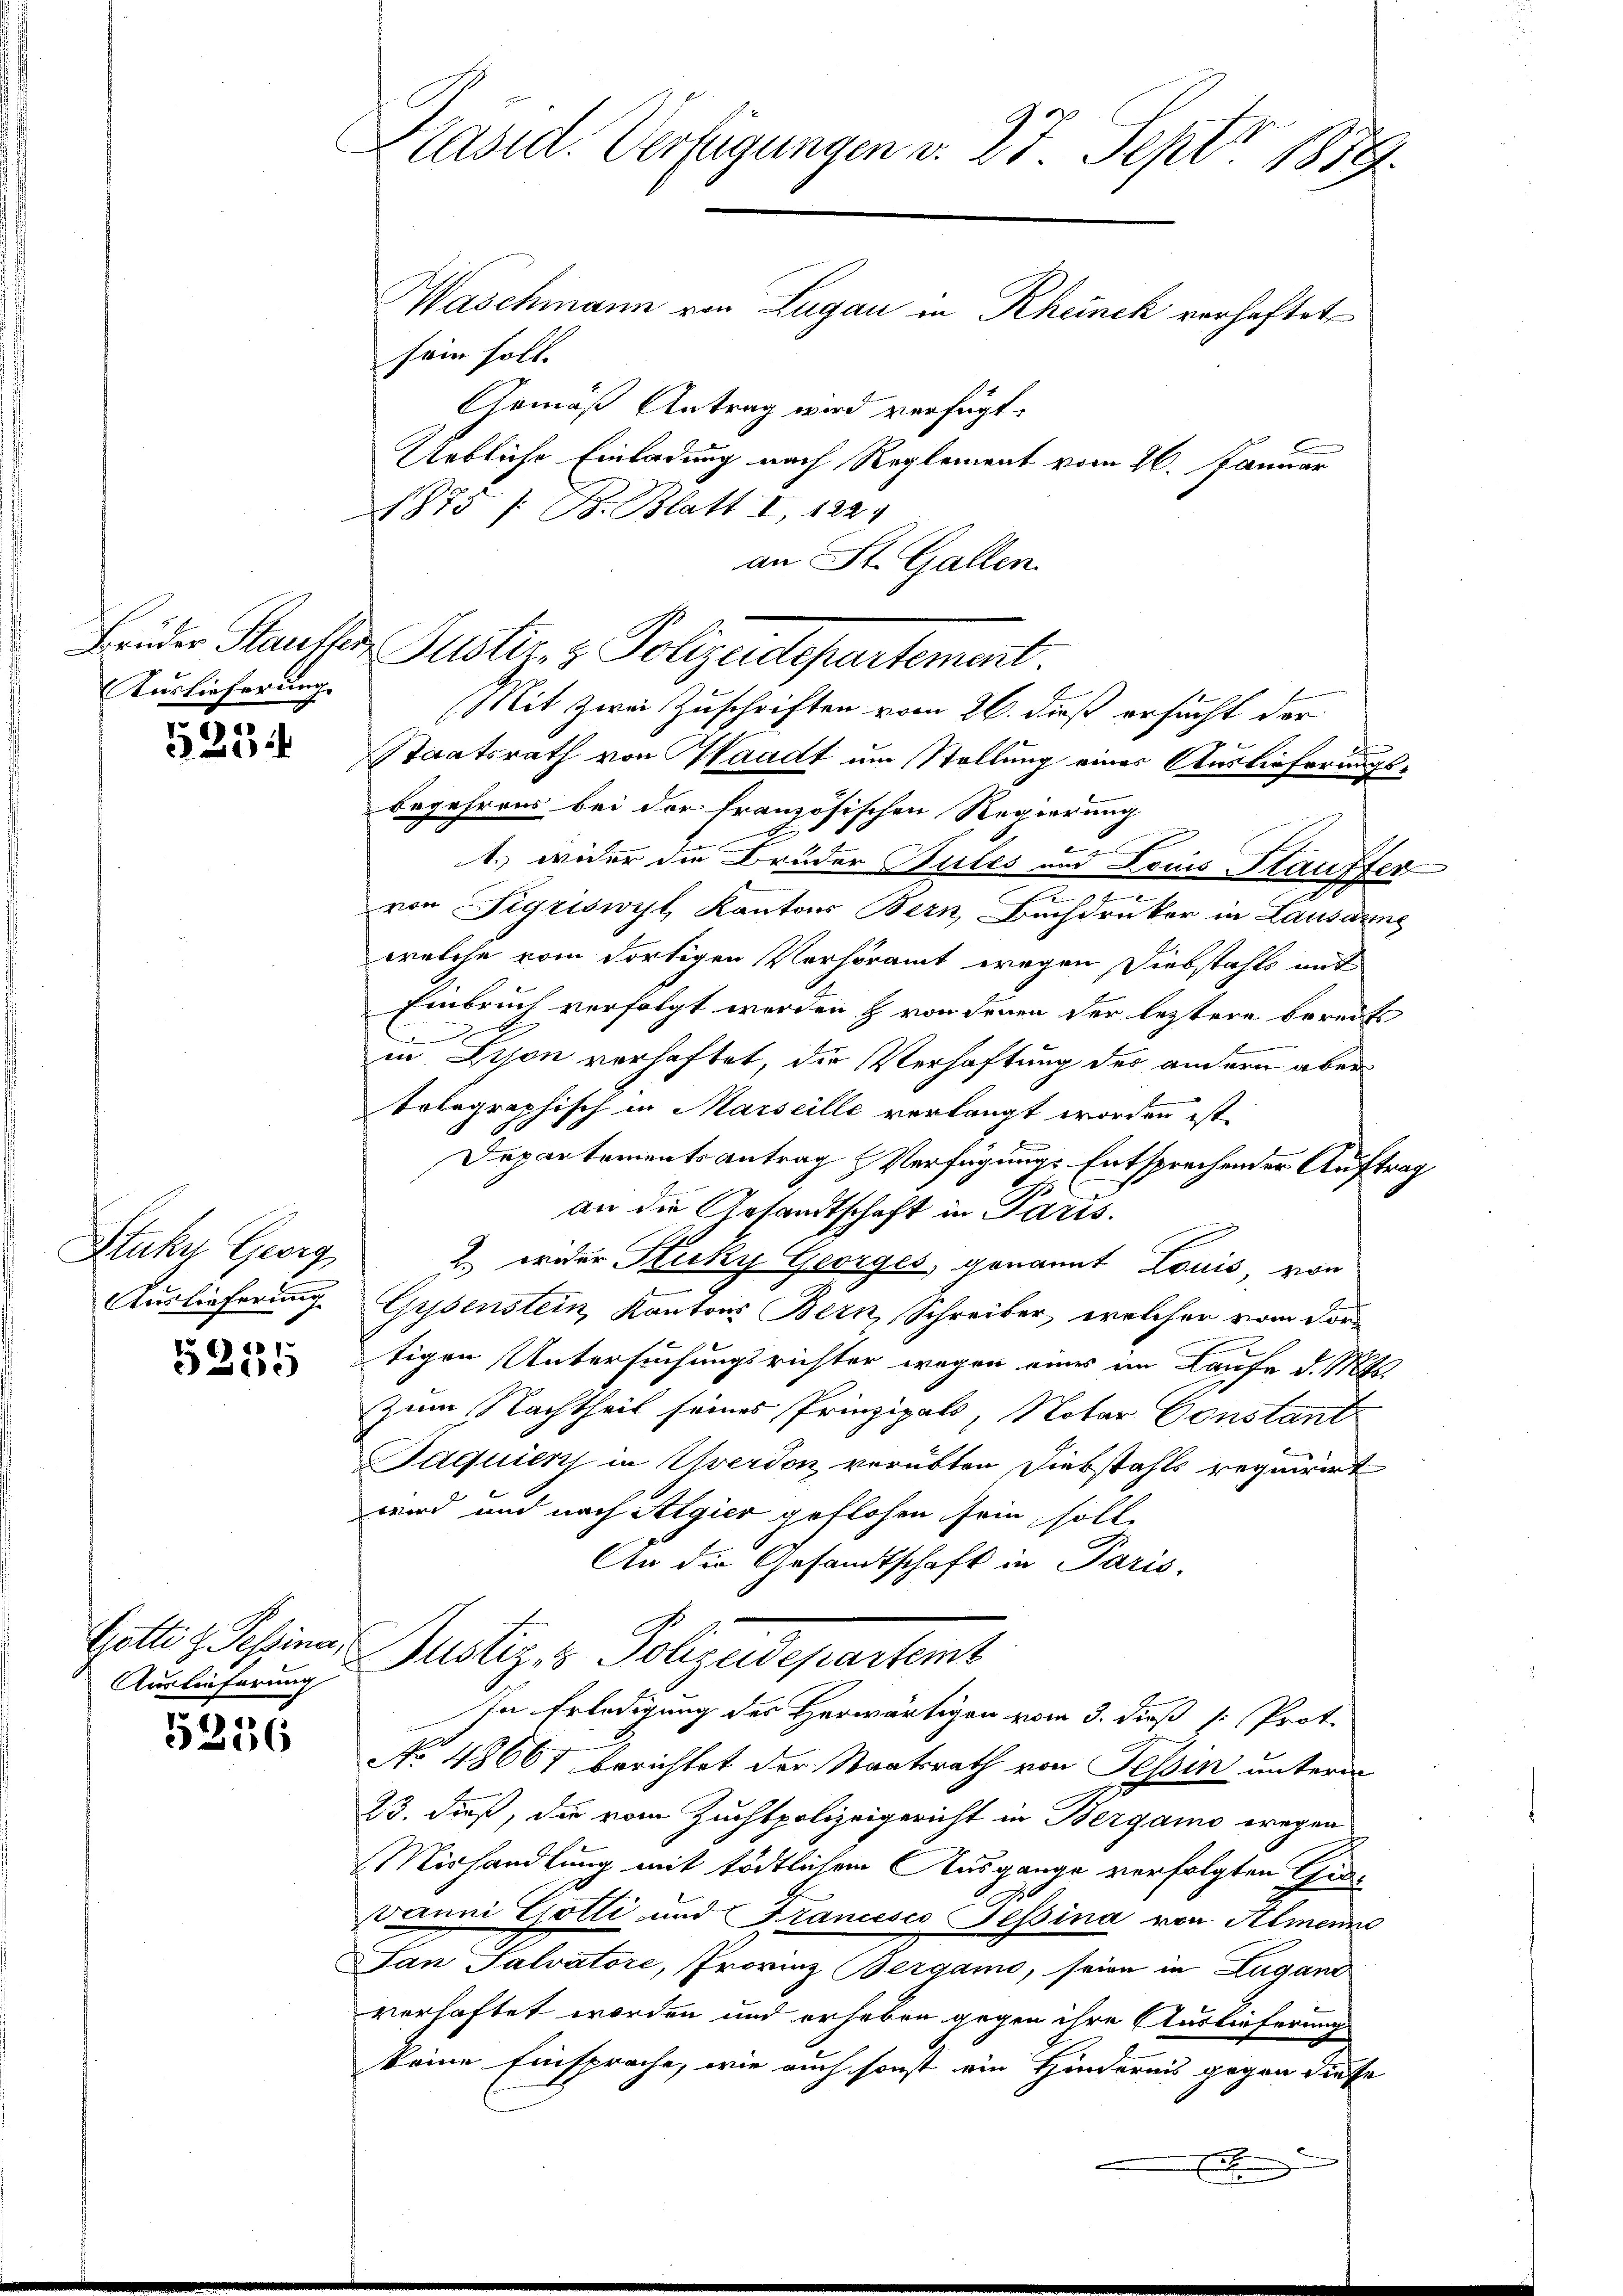
Auslieferung

2234

Stuku Georg
Auslieferung

26) 11
.
Eite

Auslieferung

5236

Präsid. Verfügungen v. 27 Sept 1879.
Waschmann von Lugan in Rheinek verhaftet
sein soll.
Gemäß Antrag wird verfügt:
Uebliche Einladung nach Reglement vom 26. Januar
1875 / B. Blatt I 122

an St. Gallen.
(Mit zwei Zuschriften vom 26. dieß ersucht der
Staatsrath von Waadt um Stellung eines Auslieferungsbegehrens bei der französischen Regierung
f
1. wider die Brüder Bules und Louis Stauffer

von Sigriswyl, Kantons Bern, Buchdruker in Lausaung
welche vom dortigen Verhöramt wegen Diebstahls mit
Einbruch verfolgt werden & von denen der leztere bereits
undenen e
in Schon verhaftet, die Verhaftung des andern aber
telegraphisch in Marseille verlangt worden ist.
Departementsantrag Verfügungs Entsprechender Auftrag
an die Gesandtschaft in Paris.
2. wider Flucky Georges, genannt Louis von
Gysenstein, Kantons Bern, Schreiber, welcher vom Vortigen Untersuchungsrichter wegen eines im Laufe d. Mtt.
zum Nachtheil seines Prinzipals, Notar Constant
Paquien in Yverdon verübten Diebstahls requirirt
wird und nach Algier geflohen sein solle
An die Gesandtschaft in Paris.
Göttig Pessina Justiz- & Polizeidepartemt
In Erledigung des Herwärtigen vom 3. dieß (: Prot
No 48667 berichtet der Staatsrath von Tessin unterm
23. dieß, die vom Zuchtpolizeigericht in Bergamo wegen
Mirhandlung mit tödtlichem Ausgange verfolgten Gul¬
2
vanni Gotti und Francesco Tessina von Almenne
Jan Palvatore, Provinz Bergano, seine in Lugand
verhaftet worden und erheben gegen ihre Auslieferung
keine Einsprache, wie auch sonst ein Hindernis gegen diese
x

Brüder Stauffer Justiz- & Polizeidepartement.